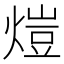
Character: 𤍈